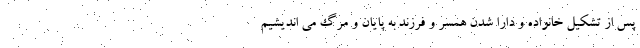
پس از تشکیل خانواده و دارا شدن همسر و فرزند به پایان و مرگ می اندیشیم